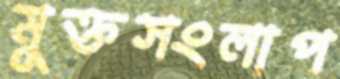
মুক্তসংলাপ